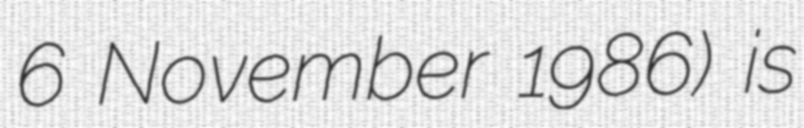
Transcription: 6 November 1986) is